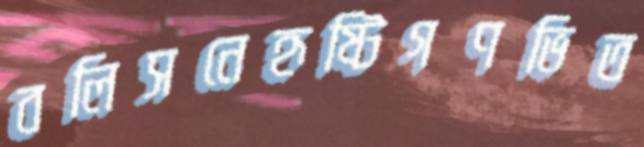
বলিসনেহৃষ্টিগণভিত